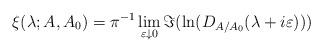
LaTeX: \begin{align*}\xi(\lambda; A,A_0) = \pi^{-1} \lim_{\varepsilon \downarrow 0} \Im(\ln(D_{A/A_0}(\lambda + i \varepsilon))) \, \end{align*}